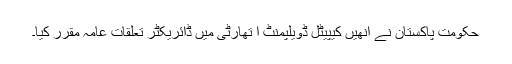
حکومت پاکستان نے انھیں کیپیٹل ڈویلپمنٹ ا تھارٹی میں ڈائریکٹر تعلقات عامہ مقرر کیا۔